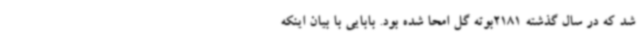
شد که در سال گذشته 2181بوته گل امحا شده بود. بابایی با بیان اینکه